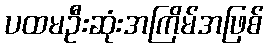
ပထမဦးဆုံးအကြိမ်အဖြစ်